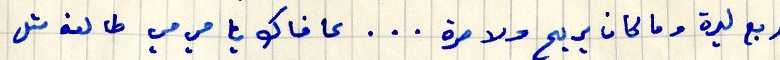
ربع ليرة وما كان يربح ولا مرة ... عافاك يا مي مي طالعة مثل